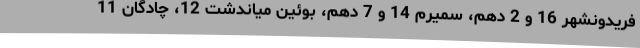
فریدونشهر 16 و 2 دهم، سمیرم 14 و 7 دهم، بوئین میاندشت 12، چادگان 11